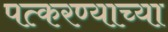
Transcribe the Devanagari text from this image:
पत्करण्याच्या